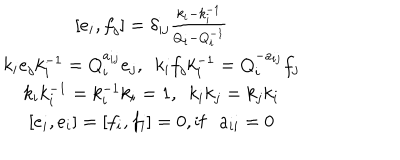
\begin{array} { c } { { \lbrack e _ { i } , f _ { j } \rbrack = \delta _ { i j } \frac { k _ { i } - k _ { i } ^ { - 1 } } { Q _ { i } - Q _ { i } ^ { - 1 } } } } \\ { { k _ { i } e _ { j } k _ { i } ^ { - 1 } = Q _ { i } ^ { a _ { i j } } e _ { j } , ~ ~ k _ { i } f _ { j } k _ { i } ^ { - 1 } = Q _ { i } ^ { - a _ { i j } } f _ { j } } } \\ { { k _ { i } k _ { i } ^ { - 1 } = k _ { i } ^ { - 1 } k _ { i } = 1 , ~ ~ k _ { i } k _ { j } = k _ { j } k _ { i } } } \\ { { \lbrack e _ { i } , e _ { i } \rbrack = \lbrack f _ { i } , f _ { i } \rbrack = 0 , \mathrm { i f } a _ { i i } = 0 } } \\ \end{array}